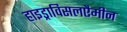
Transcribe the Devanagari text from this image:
हाइड्राविसलएैमीन